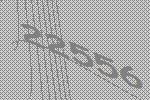
22556